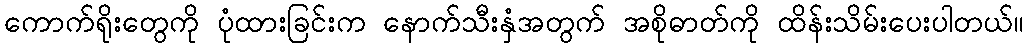
ကောက်ရိုးတွေကို ပုံထားခြင်းက နောက်သီးနှံအတွက် အစိုဓာတ်ကို ထိန်းသိမ်းပေးပါတယ်။